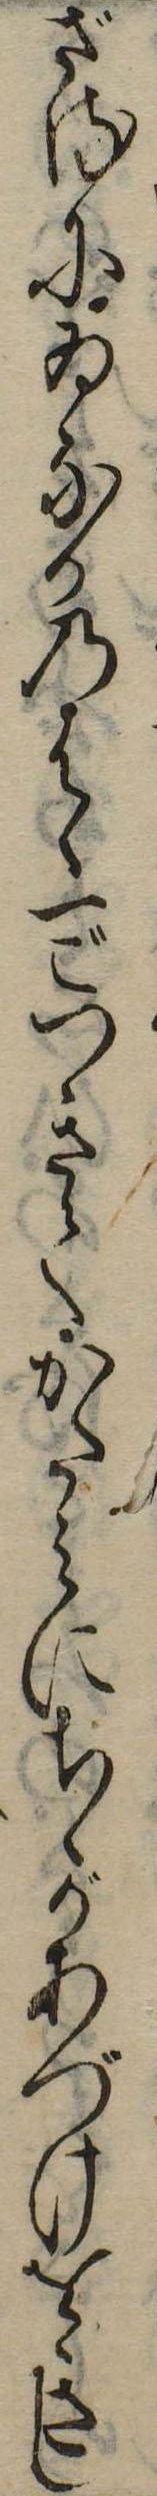
ざるにゐなかのはゝ一ごつきてかたみにちゝがあづけをきし